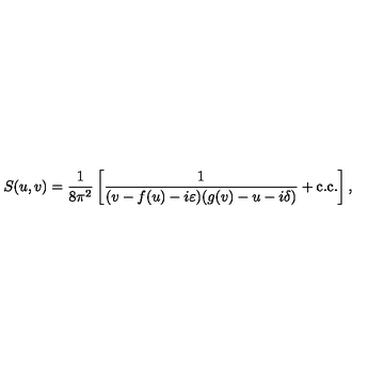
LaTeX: S ( u , v ) = \frac 1 { 8 \pi ^ { 2 } } \left[ \frac { 1 } { ( v - f ( u ) - i \varepsilon ) ( g ( v ) - u - i \delta ) } + \mathrm { c . c . } \right] ,